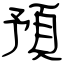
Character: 預